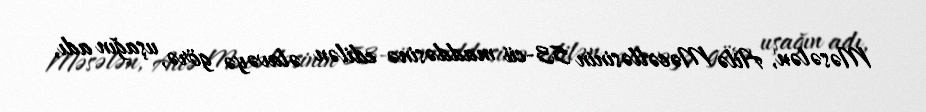
Məsələn, Ailə Məcəlləsinin 53-cü maddəsinə edilən əlavəyə görə, uşağın adı,